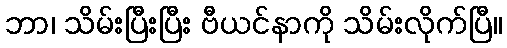
ဘာ၊ သိမ်းပြီးပြီး ဗီယင်နာကို သိမ်းလိုက်ပြီ။